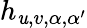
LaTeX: h_{\mathit{u},v,\alpha,\alpha^{\prime}}